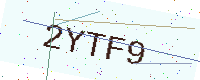
Text: 2YTF9